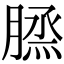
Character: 𦞪